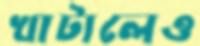
খাটালেও